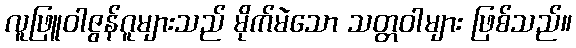
လူဖြူဝါဇွန်ဂူများသည် မိုက်မဲသော သတ္တဝါများ ဖြစ်သည်။